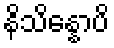
နိသိန္နောပိ